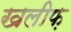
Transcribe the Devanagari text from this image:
खलीफ़